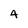
Character: 4